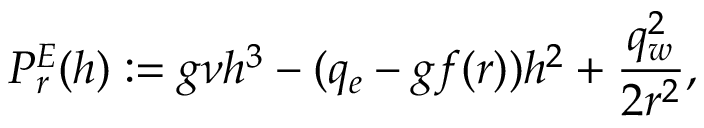
{ \cal P } _ { r } ^ { E } ( h ) : = g \nu h ^ { 3 } - ( q _ { e } - g f ( r ) ) h ^ { 2 } + \displaystyle \frac { q _ { w } ^ { 2 } } { 2 r ^ { 2 } } ,